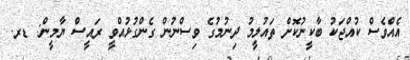
އެއްވެސް ކުއްޖަކު ބާކީނުކޮށް ތައުލީމު ދިނުމުގެ ވިސްނުން ގެންގުޅުއްވީ ރައީސް ޔާމީން: ޑރ.